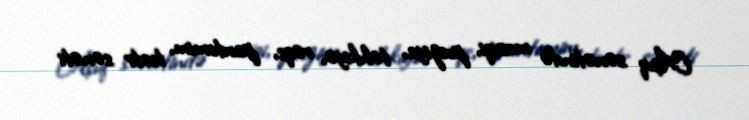
Aşıq sənətində musiqi, poeziya, təhkiyə, rəqs, pantomim, teatr sənəti